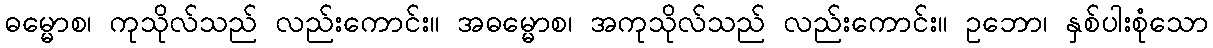
ဓမ္မောစ၊ ကုသိုလ်သည် လည်းကောင်း။ အဓမ္မောစ၊ အကုသိုလ်သည် လည်းကောင်း။ ဥဘော၊ နှစ်ပါးစုံသော